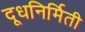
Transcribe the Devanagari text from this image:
दूधनिर्मिती